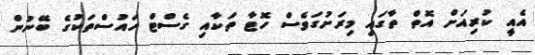
އެއީ ކުރިއަށް އޮތް ތާގައި މިރަށުގަވެސް ހޮޓާ ތަކާއި ގެސްޓް ހައުސްތަކުގެ ބޭނުން